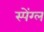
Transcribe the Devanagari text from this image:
स्पेंग्ल